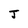
Character: J